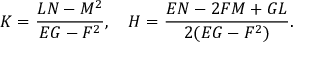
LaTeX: K = { \frac { L N - M ^ { 2 } } { E G - F ^ { 2 } } } , \quad H = { \frac { E N - 2 F M + G L } { 2 ( E G - F ^ { 2 } ) } } .